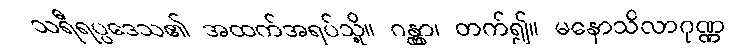
သရီရပ္ပဒေသ၏ အထက်အရပ်သို့။ ဂန္တွာ၊ တက်၍။ မနောသိလာဂုဏ္ဏ